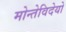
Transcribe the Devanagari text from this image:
मोन्तेविदेयो